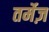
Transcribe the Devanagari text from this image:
तर्मेज़